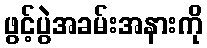
ဖွင့်ပွဲအခမ်းအနားကို